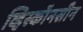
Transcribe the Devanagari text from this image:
व्हिस्कॉनसीन